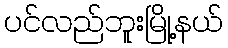
ပင်လည်ဘူးမြို့နယ်